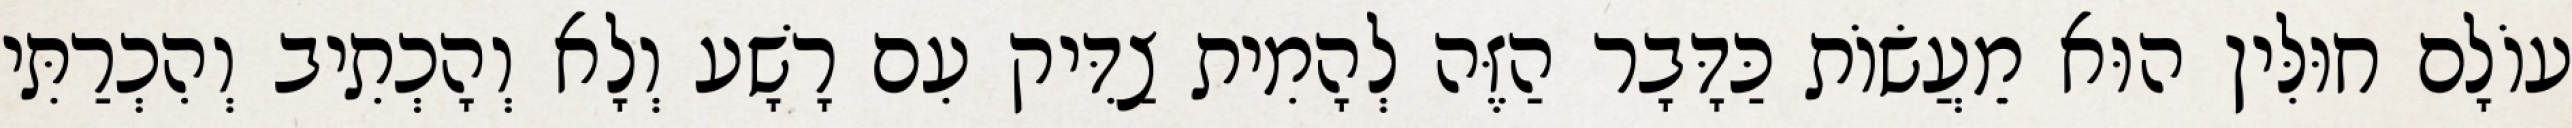
עוֹלָם חוּלִּין הוּא מֵעֲשׂוֹת כַּדָּבָר הַזֶּה לְהָמִית צַדִּיק עִם רָשָׁע וְלָא וְהָכְתִיב וְהִכְרַתִּי